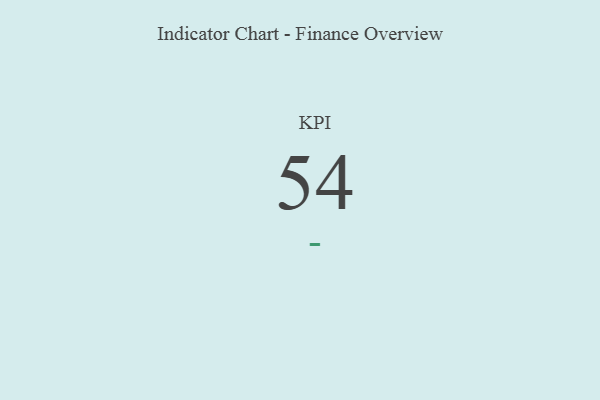
{"axis": {"x": "KPI", "y": "Value"}, "legend": [""], "data": [{"x": "KPI", "y": 54, "type": ""}]}